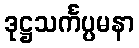
ဒုဋ္ဌသင်္ကပ္ပမနာ